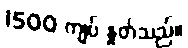
1500 ကျပ် နှုတ်သည်။